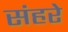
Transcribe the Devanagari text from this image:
संहरे